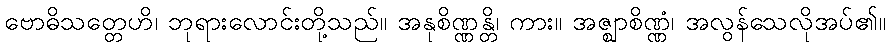
ဗောဓိသတ္တေဟိ၊ ဘုရားလောင်းတို့သည်။ အနုစိဏ္ဏန္တိ၊ ကား။ အဇ္ဈာစိဏ္ဏံ၊ အလွန်သေလိုအပ်၏။